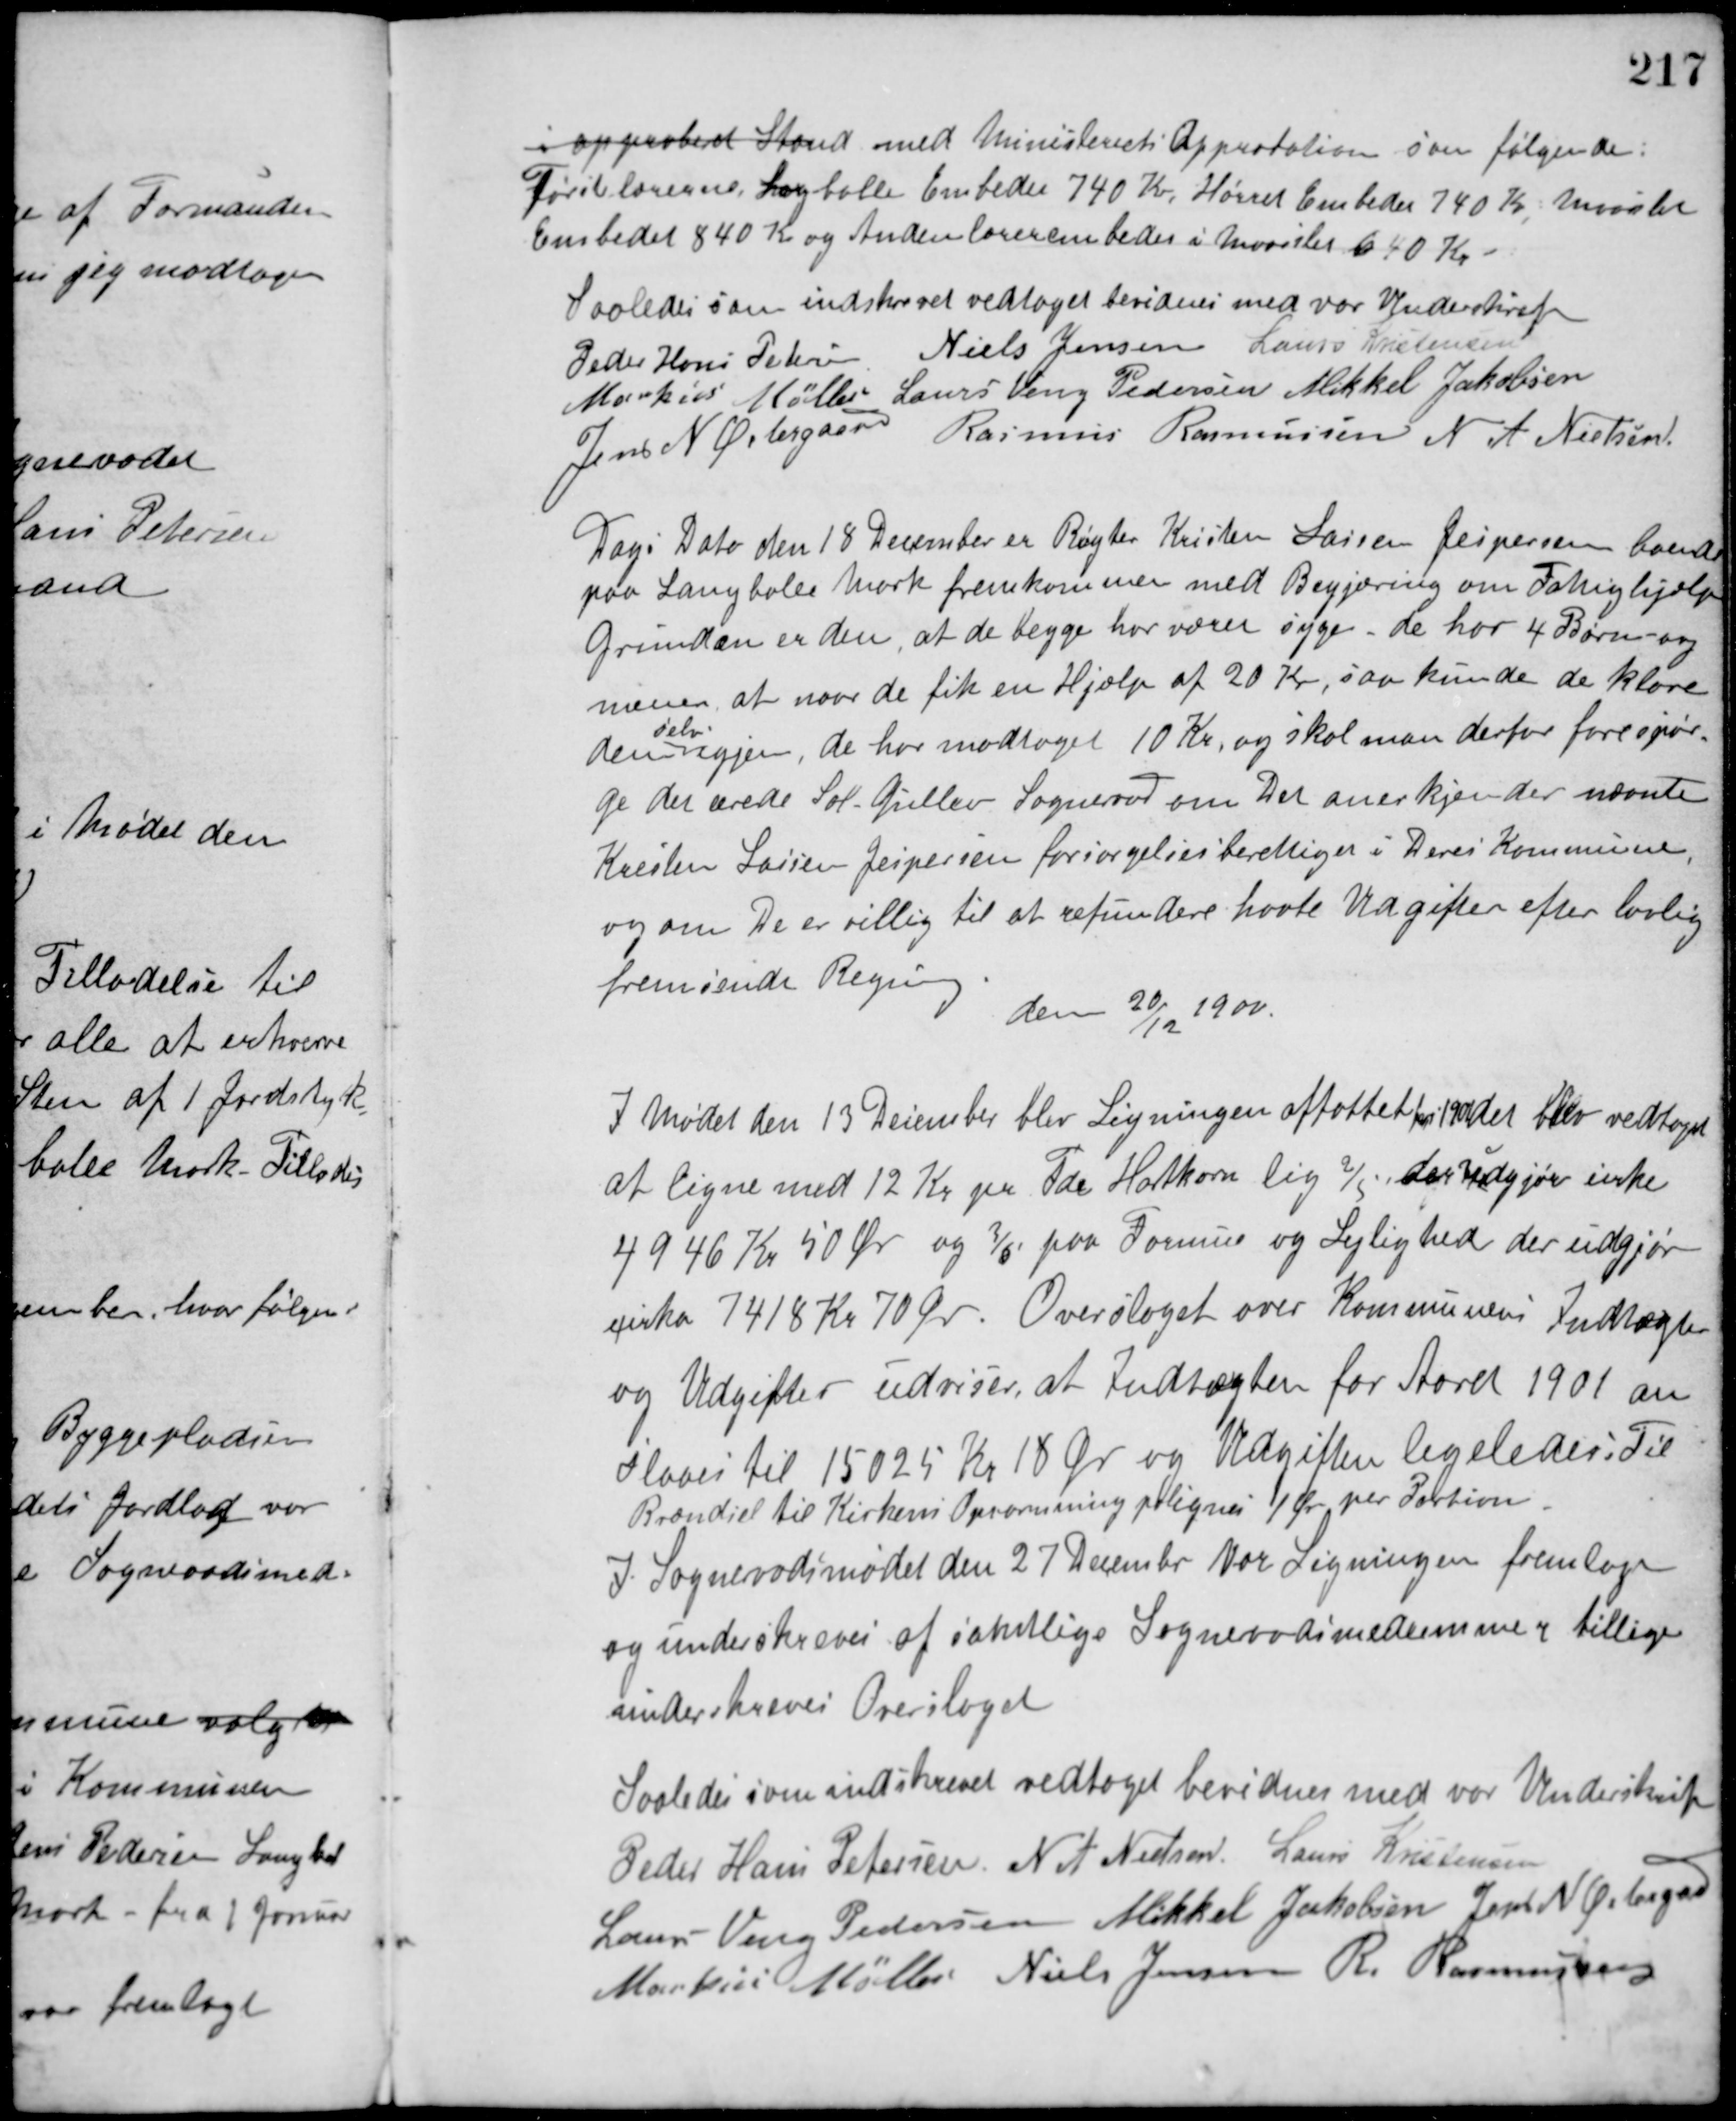
Transskription:
i approberet Stand med Ministeriets Approbation som følgende:
Førstelærerne, Langballe Embeder 740 Kr. Hørret Embeder 740 Kr., Maarslet
Embedet 840 Kr. og Andenlærerembedet i Maarslet 640 Kr.
Saaledes som indskrevet vedtaget bevidnes med vor Underskrift
Peder Hans Petersen Niels Jensen Laurs Kristensen
Markus Møller Laurs Veng Pedersen Mikkel Jakobsen
Jens N. Østergaard
Rasmus Rasmussen N. A. Nielsen
Dags Dato den 18 December er Røgter Kristen Larsen Jespersen boende
paa Langballe Mark fremkommen med Begjæring om Fattighjælp
Grunden er den, at de begge har værer syge - de har 4 Børn - og
mener at naar de fik en Hjælp af 20 Kr., saa kunde de klare
dem
selv
igjen, de har modtaget 10 Kr., og skal man derfor forespør-
ge det ærede Sal-Gullev Sogneraad om Det anerkjender nævnte
Kresten Larsen Jespersen forsørgelsesberettiget i Deres Kommune,
og om De er villig til at refundere havte Udgifter efter lovlig
fremsendt Regning.
den 20/12 1900.
I Mødet den 13 December blev Ligningen affattet for 1901 det blev vedtaget
at ligne med 12 Kr. pr. Tde Hartkorn lig 2/5 der udgjør cirka
4946 Kr. 50 Øre og 3/5 paa Formue og Lejlighed der udgjør
cirka 7418 Kr. 70 Øre. Overslaget over Kommunens Indtægter
og Udgifter udviser, at Indtægten for Aaret 1901 an-
slaaes til 15025 Kr. 18 Øre og Udgiften ligeledes. Til
Brændsel til Kirkens Opvarmning pålignes 1 Øre per Portion.
I Sogneraadsmødet den 27 December var Ligningen fremlagt
og underskreves af samtlige Sogneraadsmedlemmer tillige
underskreves Overslaget.
Saaledes som indskrevet vedtaget bevidnes med vor Underskrift
Peder Hans Petersen N. A. Nielsen Laurs Kristensen
Laurs Veng Pedersen Mikkel Jakobsen Jens N. Østergaard
Markus Møller Niels Jensen R. Rasmussen